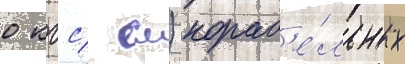
0 кгс/ см) кораб'е́льных